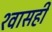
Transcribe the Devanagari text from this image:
श्‍वासही